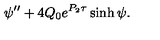
\psi ^ { \prime \prime } + 4 Q _ { 0 } e ^ { P _ { 2 } \tau } \sinh \psi .